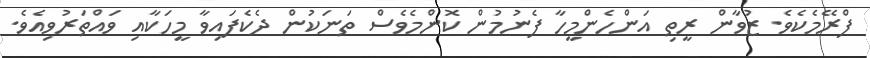
ފްރޭމެކެވެ. ޒުވާން ރީތި އަންހެންމީހާ ފެނުމުން ކޮންމެވެސް ތަނަކުން ދެކެފައިވާ މީހަކާއި ވައްތަރުވިއެވެ.